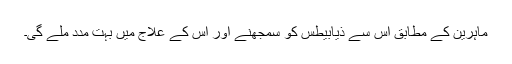
ماہرین کے مطابق اس سے ذیابیطس کو سمجھنے اور اس کے علاج میں بہت مدد ملے گی۔